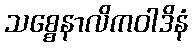
သစ္စေနာလိကဝါဒိနံ